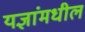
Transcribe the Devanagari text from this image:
यज्ञांमधील